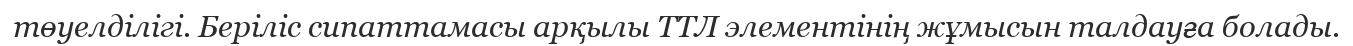
төуелділігі. Беріліс сипаттамасы арқылы ТТЛ элементінің жұмысын талдауға болады.